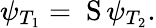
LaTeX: \psi_{T_{1}}=\mathrm{{\mathbf~S}}\, \psi_{T_{2}}.